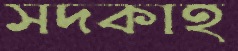
সদকাহ